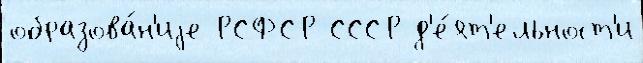
образова́н'иjе РСФСР СССР д'е́ят'ельност'и